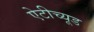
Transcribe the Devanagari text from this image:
ऐटीच्यूड